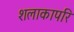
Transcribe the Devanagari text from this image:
शलाकापरि